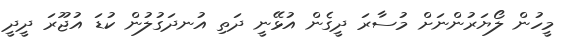
މީހުން ލޯޔަރުންނަށް މުސާރަ ދީގެން އުޅޭނީ ދަތި އުނދަގުލުން ކުޑަ އުޖޫރަ ދީދީ